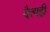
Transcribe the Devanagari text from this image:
दैत्यही